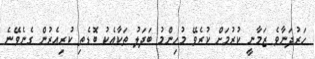
ހަރުދަނާވެ ޒަމާނީ ކުރުމަށް ކުރެވޭ މުހިންމު ބަދަލު ތަކާއެކު ބޮޑެތި ކުރިއެރުން ގެނެވޭނެ